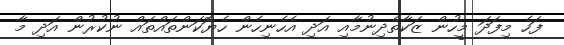
ފަހެ މިފަދަ މީހުން ޒަކާތްދިނުމާއި އަދި އެހެނިހެން ހެޔޮކަންތައްތައް ނުކުރުން އަދި މާ